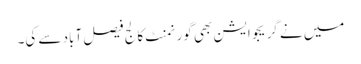
میں نے گریجوایشن بھی گورنمنٹ کالج فیصل آباد سے کی۔